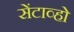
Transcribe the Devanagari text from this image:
सेंटाव्हो